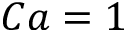
C a = 1